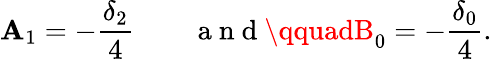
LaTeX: \mathbf{A}_{1}=-\frac{{\delta_{2}}}{{4}}\qquad\mathrm{{~a~n~d~}}\qquadB_{0}=-\frac{{\delta_{0}}}{{4}}.